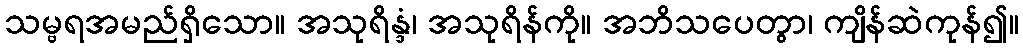
သမ္ဗရအမည်ရှိသော။ အသုရိန္ဒံ၊ အသုရိန်ကို။ အဘိသပေတွာ၊ ကျိန်ဆဲကုန်၍။